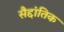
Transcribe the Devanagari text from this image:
सैद्दांतिक